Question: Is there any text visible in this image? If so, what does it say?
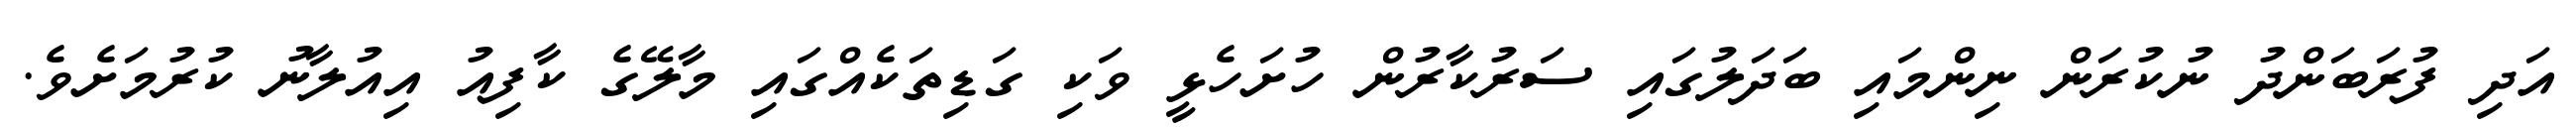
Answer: އަދި ފުރަބަންދު ނުކުރަން ނިންމައި ބަދަލުގައި ސަރުކާރުން ހުށަހެޅީ ވަކި ގަޑިތަކެއްގައި މާލޭގެ ކާފިއު އިއުލާނު ކުރުމަށެވެ.